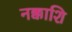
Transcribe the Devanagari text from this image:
नक्काशि